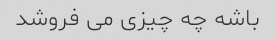
باشه چه چیزی می فروشد